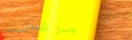
جسر المطار